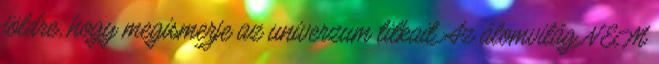
földre, hogy megismerje az univerzum titkait Az álomvilág NEM